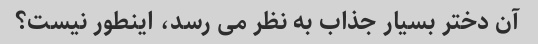
آن دختر بسیار جذاب به نظر می رسد، اینطور نیست؟